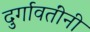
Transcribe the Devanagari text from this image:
दुर्गावतींनी